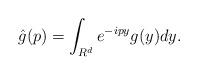
LaTeX: \begin{align*}\hat{g}(p)=\int_{R^{d}}e^{-ipy}g(y)dy.\end{align*}